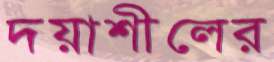
দয়াশীলের